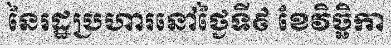
នៃរដ្ឋប្រហារនៅថ្ងៃទី៩ ខែវិច្ឆិកា